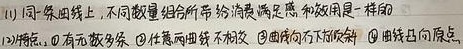
(1) 同一条曲线上，不同数量组合所带给消费者满足感和效用是一样的
(2) 特点：\textcircled{1} 有无数多条 \textcircled{2} 任意两曲线不相交 \textcircled{3} 曲线向右下方倾斜 \textcircled{4} 曲线凸向原点